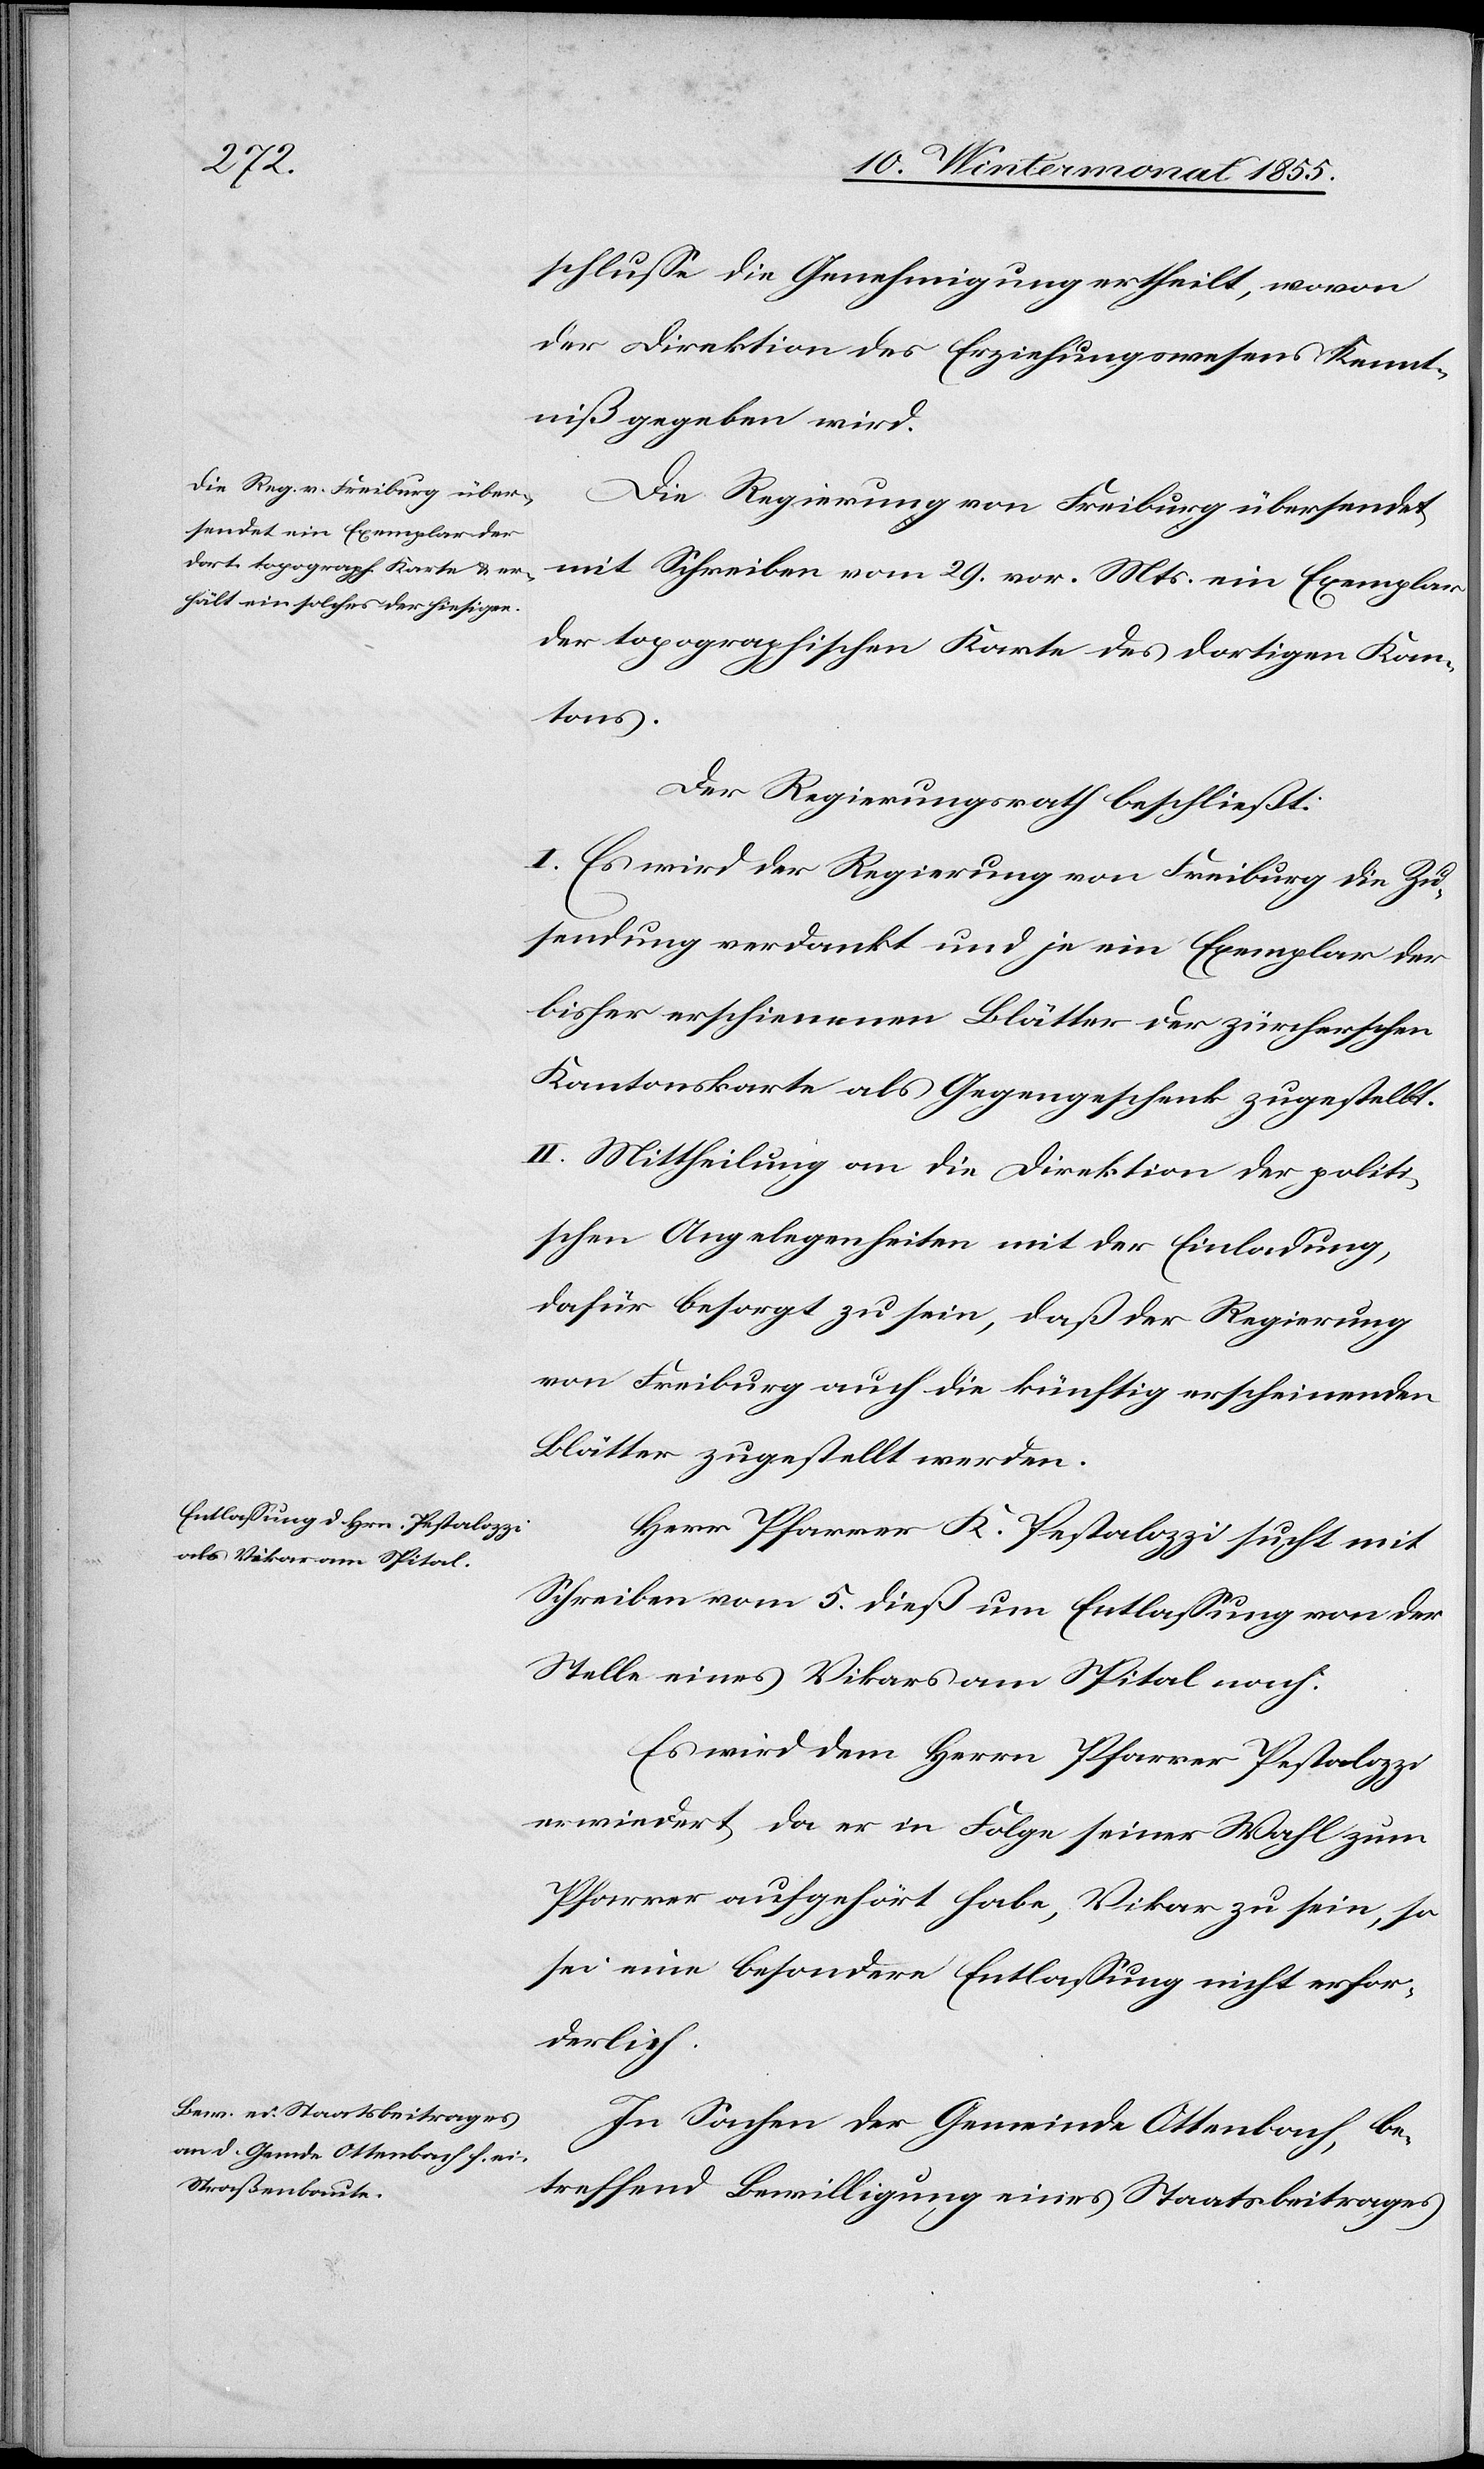
schlusse die Genehmigung ertheilt, wovon
der Direktion des Erziehungswesens Kennt¬
niß gegeben wird.
Die Regierung von Freiburg übersendet
mit Schreiben vom 29. vor. Mts. ein Exemplar
der topographischen Karte des dortigen Kan¬
tons.
Der Regierungsrath beschließt:
I. Es wird der Regierung von Freiburg die Zu¬
sendung verdankt und je ein Exemplar der
bisher erschienenen Blätter der zürcherschen
Kantonskarte als Gegengeschenk zugestellt.
II. Mittheilung an die Direktion der politi¬
schen Angelegenheiten mit der Einladung,
dafür besorgt zu sein, daß der Regierung
von Freiburg auch die künftig erscheinenden
Blätter zugestellt werden.
Herr Pfarrer K. Pestalozzi sucht mit
Schreiben vom 5. dieß um Entlassung von der
Stelle eines Vikars am Spital nach.
Es wird dem Herrn Pfarrer Pestalozzi
erwiedert, da er in Folge seiner Wahl zum
Pfarrer aufgehört habe, Vikar zu sein, so
sei eine besondere Entlassung nicht erfor¬
derlich.
In Sachen der Gemeinde Ottenbach, be¬
treffend Bewilligung eines Staatsbeitrages